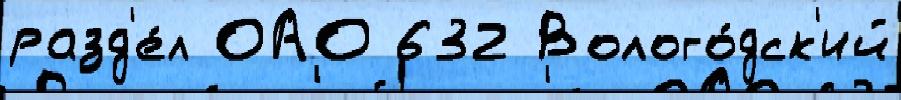
разд'е́л ОАО 632 Волого́дск'ий